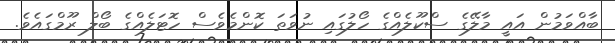
ބާއްވަމުން އައީ މާލޭގެ ސްކޫލެއްގެ ހޯލުގައި ނުވަތަ ކޮންމެވެސް ހޮޓަލެއްގެ ބޯލް ރޫމްގައެވެ.